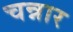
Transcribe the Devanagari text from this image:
चन्नार